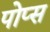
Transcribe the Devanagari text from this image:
पोप्स